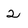
Character: 2